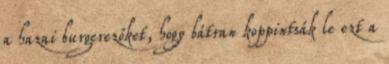
a hazai burgerezőket, hogy bátran koppintsák le ezt a